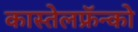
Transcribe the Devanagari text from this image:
कास्तेलफ्रॅन्को